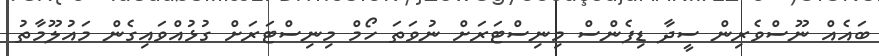
ބައެއް ނޫސްވެރިން ސީދާ ޑިފެންސް މިނިސްޓަރަށް ނުވަތަ ހޯމް މިނިސްޓަރަށް ގުޅުއްވައިގެން މައުލޫމާތު